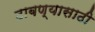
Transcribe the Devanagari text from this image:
दाबण्यासाठी